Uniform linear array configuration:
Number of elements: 16
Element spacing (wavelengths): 0.25
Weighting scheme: exponential
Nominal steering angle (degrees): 30
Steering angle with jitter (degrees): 31.834
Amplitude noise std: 0.05
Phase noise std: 0.05

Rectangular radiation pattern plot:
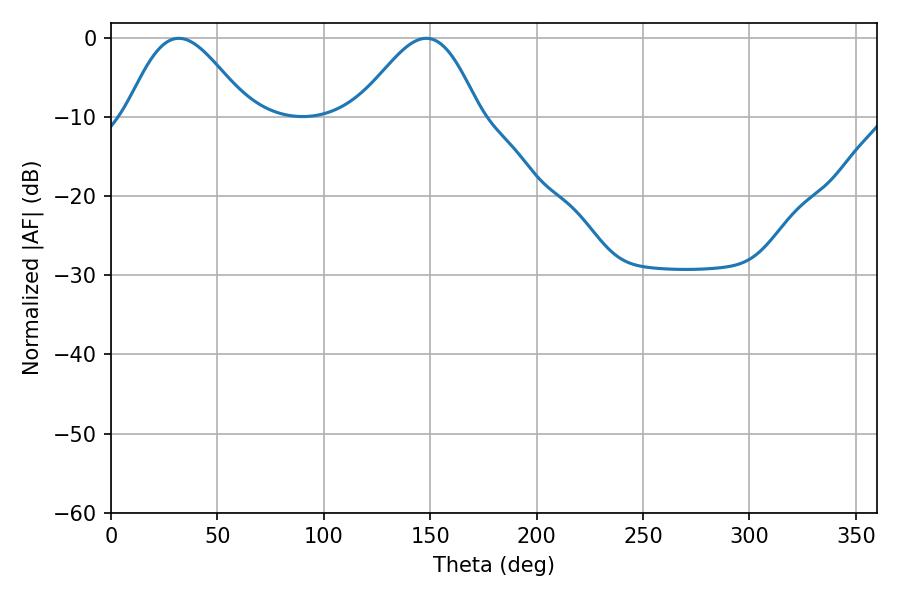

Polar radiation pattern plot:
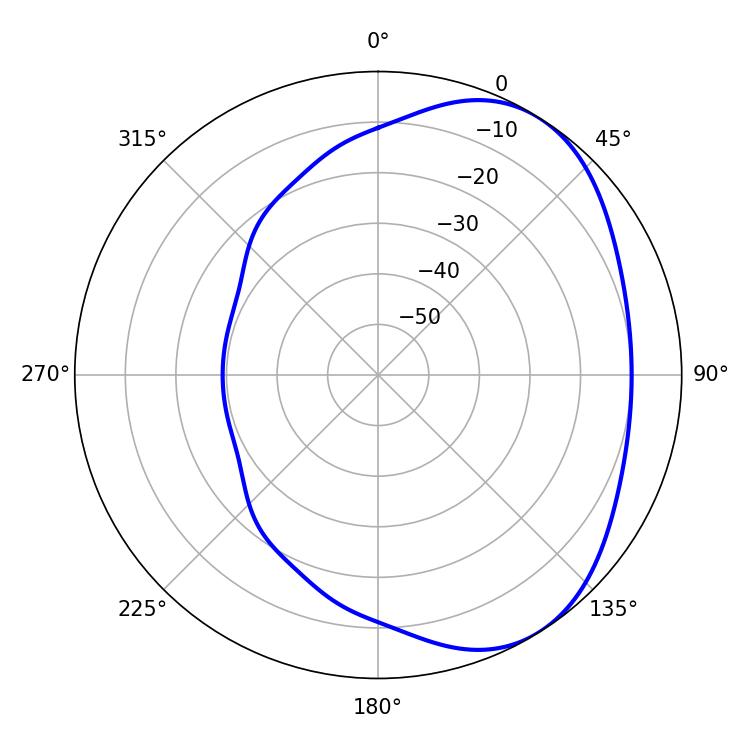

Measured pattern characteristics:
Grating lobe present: FALSE
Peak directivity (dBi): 4.387
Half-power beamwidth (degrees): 30.42
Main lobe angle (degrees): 31.86